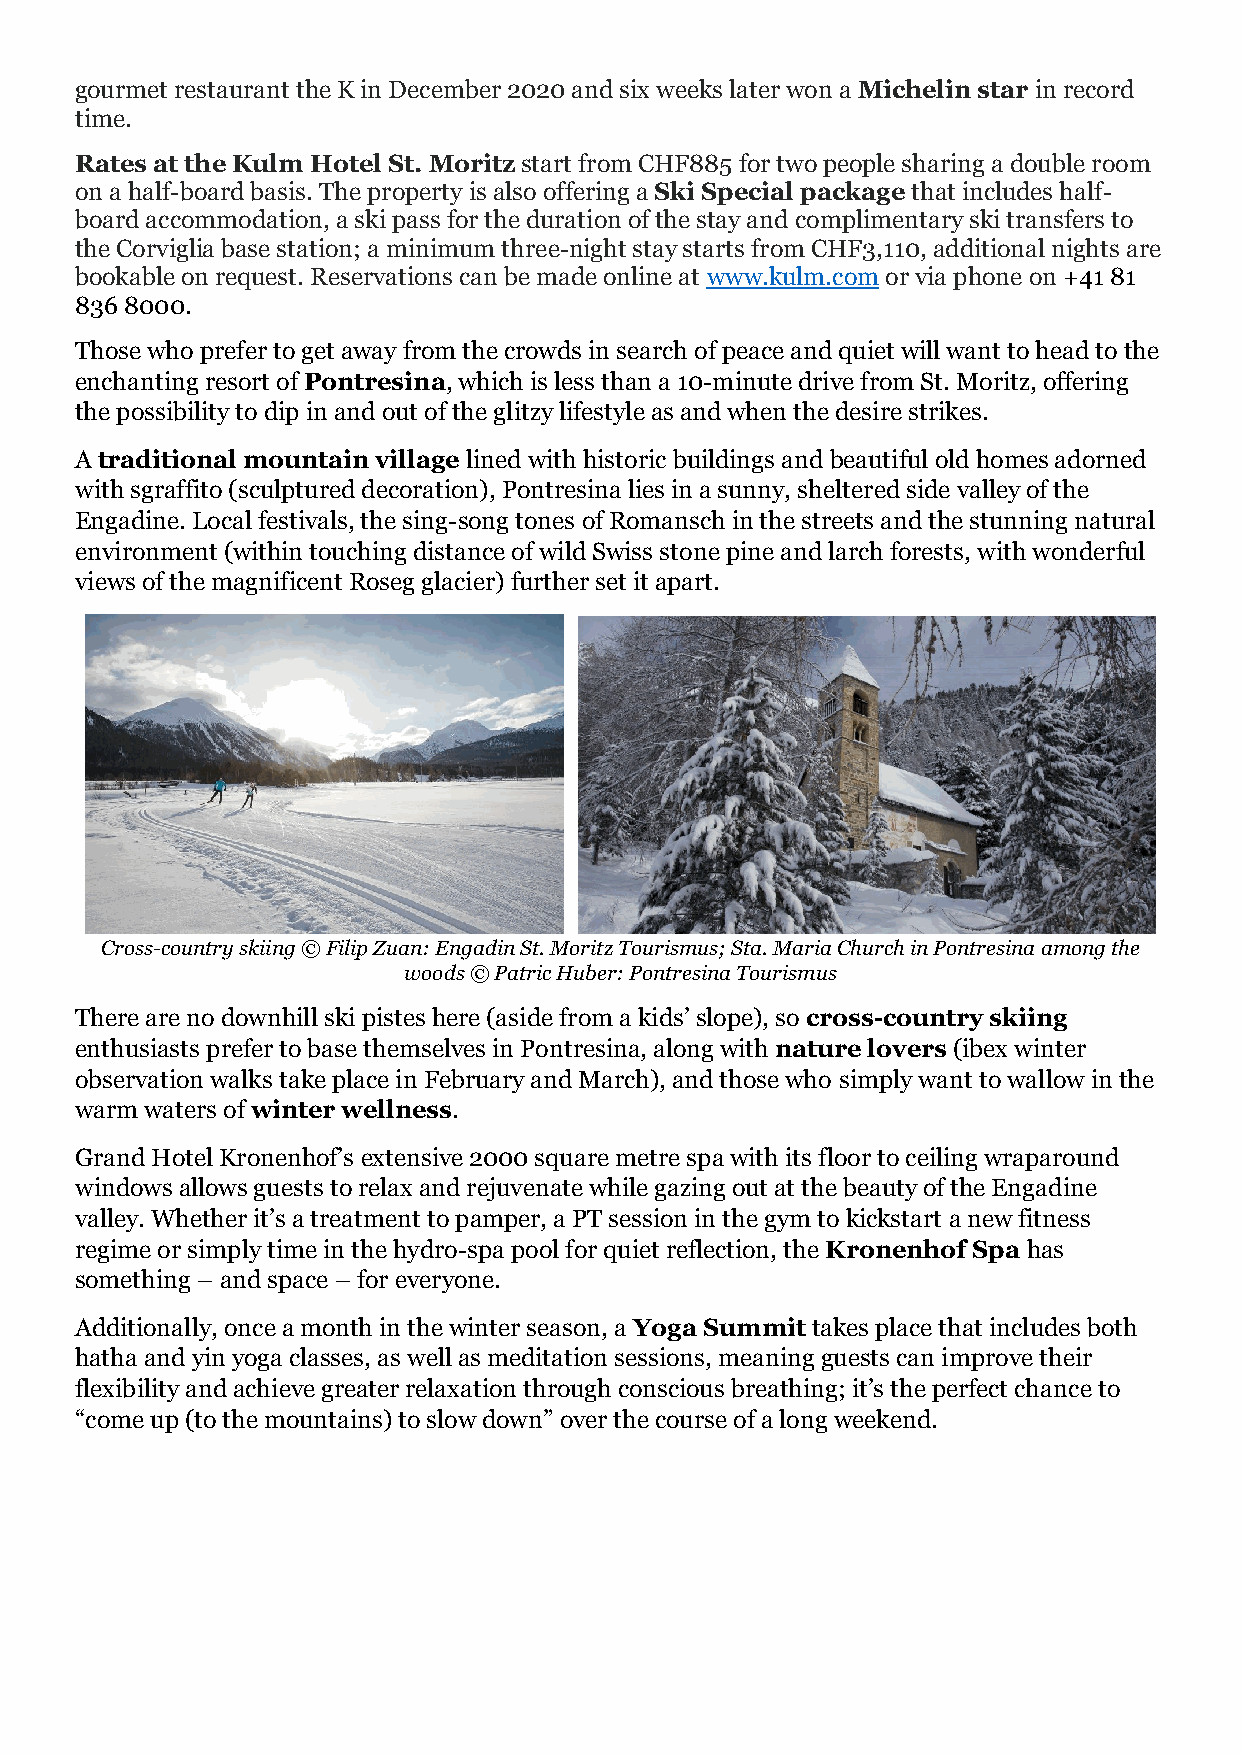
gourmet restaurant the K in December 2020 and six weeks later won a Michelin star in record
 time.
 Rates at the Kulm Hotel St. Moritz start from CHF885 for two people sharing a double room
 on a half-board basis. The property is also offering a Ski Special package that includes half-
 board accommodation, a ski pass for the duration of the stay and complimentary ski transfers to
 the Corviglia base station; a minimum three-night stay starts from CHF3,110, additional nights are
 bookable on request. Reservations can be made online at www.kulm.com or via phone on +41 81
 836 8000.
 Those who prefer to get away from the crowds in search of peace and quiet will want to head to the
 enchanting resort of Pontresina, which is less than a 10-minute drive from St. Moritz, offering
 the possibility to dip in and out of the glitzy lifestyle as and when the desire strikes.
 A traditional mountain village lined with historic buildings and beautiful old homes adorned
 with sgraffito (sculptured decoration), Pontresina lies in a sunny, sheltered side valley of the
 Engadine. Local festivals, the sing-song tones of Romansch in the streets and the stunning natural
 environment (within touching distance of wild Swiss stone pine and larch forests, with wonderful
 views of the magnificent Roseg glacier) further set it apart.
 Cross-country skiing © Filip Zuan: Engadin St. Moritz Tourismus; Sta. Maria Church in Pontresina among the
 woods © Patric Huber: Pontresina Tourismus
 There are no downhill ski pistes here (aside from a kids’ slope), so cross-country skiing
 enthusiasts prefer to base themselves in Pontresina, along with nature lovers (ibex winter
 observation walks take place in February and March), and those who simply want to wallow in the
 warm waters of winter wellness.
 Grand Hotel Kronenhof’s extensive 2000 square metre spa with its floor to ceiling wraparound
 windows allows guests to relax and rejuvenate while gazing out at the beauty of the Engadine
 valley. Whether it’s a treatment to pamper, a PT session in the gym to kickstart a new fitness
 regime or simply time in the hydro-spa pool for quiet reflection, the Kronenhof Spa has
 something – and space – for everyone.
 Additionally, once a month in the winter season, a Yoga Summit takes place that includes both
 hatha and yin yoga classes, as well as meditation sessions, meaning guests can improve their
 flexibility and achieve greater relaxation through conscious breathing; it’s the perfect chance to
 “come up (to the mountains) to slow down” over the course of a long weekend.